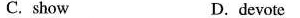
C.show D.devote